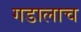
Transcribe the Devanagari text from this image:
गडालाच